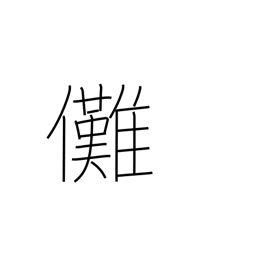
Meaning: exorcism